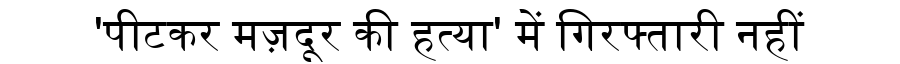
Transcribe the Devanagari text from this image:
'पीटकर मज़दूर की हत्या' में गिरफ्तारी नहीं